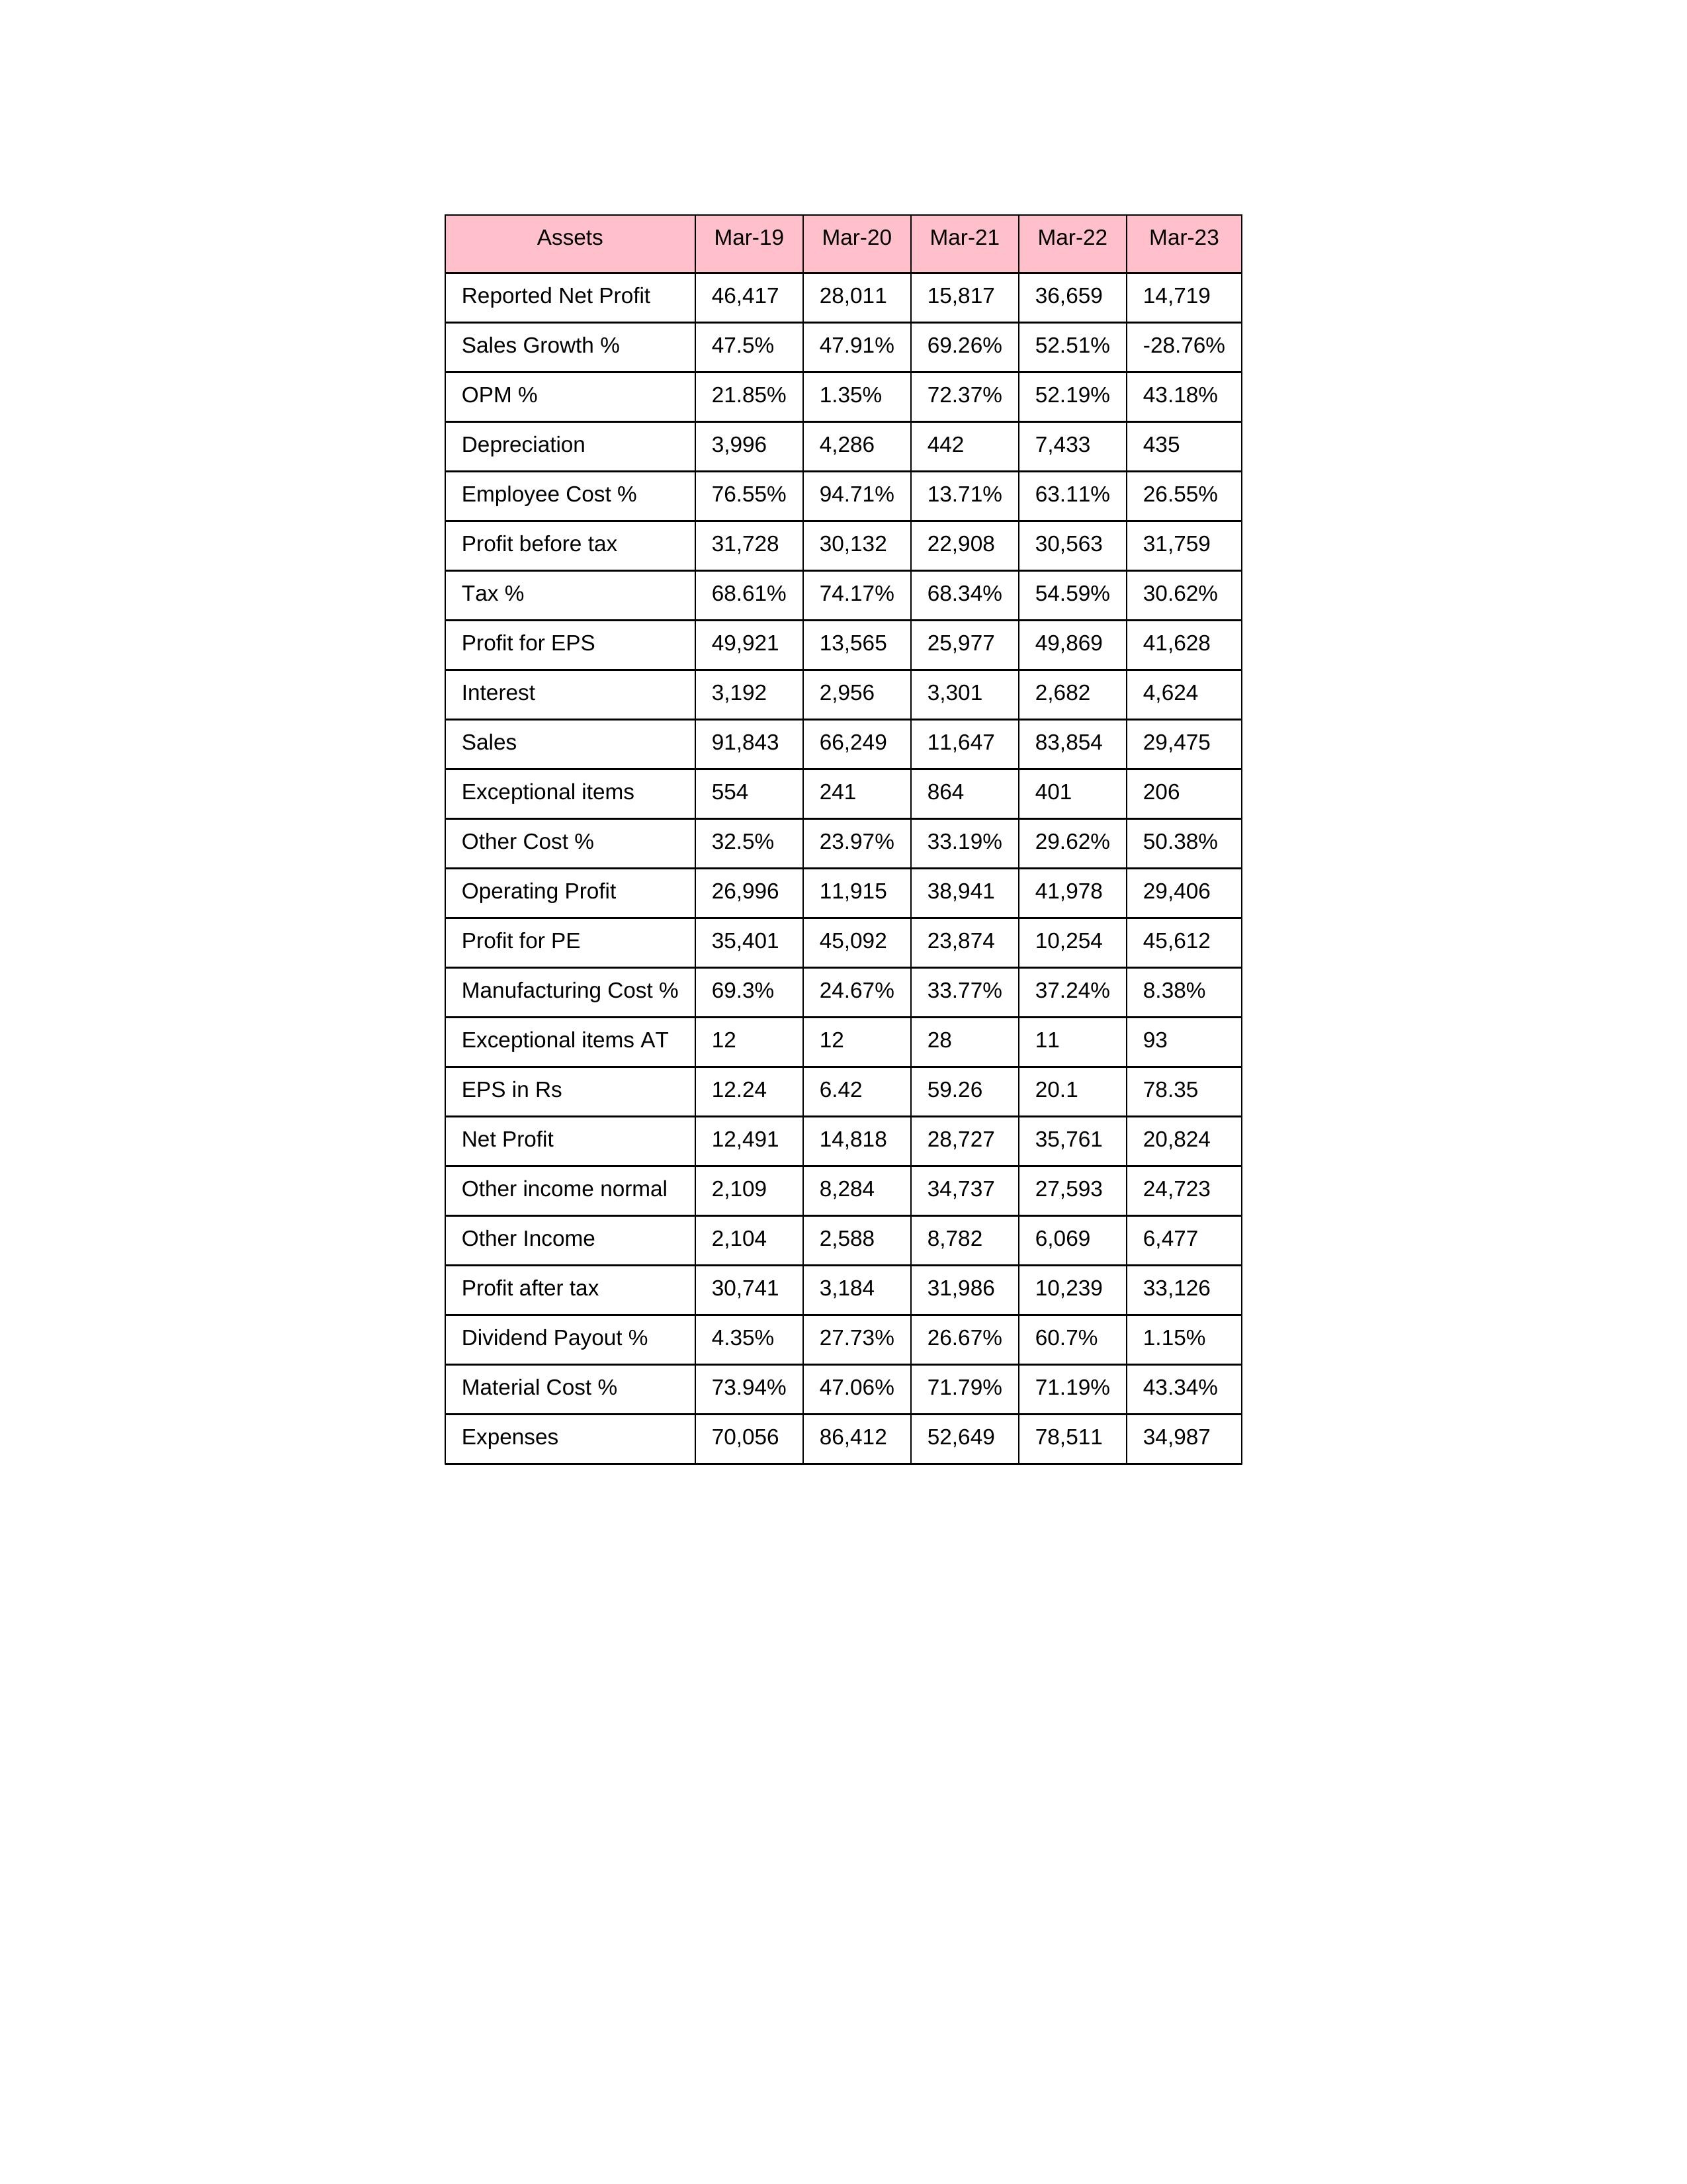
gt_parse: Mar-19: Sales: 91,843
Sales Growth %: 47.5%
Expenses: 70,056
Material Cost %: 73.94%
Manufacturing Cost %: 69.3%
Employee Cost %: 76.55%
Other Cost %: 32.5%
Operating Profit: 26,996
OPM %: 21.85%
Other Income: 2,104
Exceptional items: 554
Other income normal: 2,109
Interest: 3,192
Depreciation: 3,996
Profit before tax: 31,728
Tax %: 68.61%
Net Profit: 12,491
Profit after tax: 30,741
Reported Net Profit: 46,417
Profit for EPS: 49,921
Exceptional items AT: 12
Profit for PE: 35,401
EPS in Rs: 12.24
Dividend Payout %: 4.35%
Mar-20: Sales: 66,249
Sales Growth %: 47.91%
Expenses: 86,412
Material Cost %: 47.06%
Manufacturing Cost %: 24.67%
Employee Cost %: 94.71%
Other Cost %: 23.97%
Operating Profit: 11,915
OPM %: 1.35%
Other Income: 2,588
Exceptional items: 241
Other income normal: 8,284
Interest: 2,956
Depreciation: 4,286
Profit before tax: 30,132
Tax %: 74.17%
Net Profit: 14,818
Profit after tax: 3,184
Reported Net Profit: 28,011
Profit for EPS: 13,565
Exceptional items AT: 12
Profit for PE: 45,092
EPS in Rs: 6.42
Dividend Payout %: 27.73%
Mar-21: Sales: 11,647
Sales Growth %: 69.26%
Expenses: 52,649
Material Cost %: 71.79%
Manufacturing Cost %: 33.77%
Employee Cost %: 13.71%
Other Cost %: 33.19%
Operating Profit: 38,941
OPM %: 72.37%
Other Income: 8,782
Exceptional items: 864
Other income normal: 34,737
Interest: 3,301
Depreciation: 442
Profit before tax: 22,908
Tax %: 68.34%
Net Profit: 28,727
Profit after tax: 31,986
Reported Net Profit: 15,817
Profit for EPS: 25,977
Exceptional items AT: 28
Profit for PE: 23,874
EPS in Rs: 59.26
Dividend Payout %: 26.67%
Mar-22: Sales: 83,854
Sales Growth %: 52.51%
Expenses: 78,511
Material Cost %: 71.19%
Manufacturing Cost %: 37.24%
Employee Cost %: 63.11%
Other Cost %: 29.62%
Operating Profit: 41,978
OPM %: 52.19%
Other Income: 6,069
Exceptional items: 401
Other income normal: 27,593
Interest: 2,682
Depreciation: 7,433
Profit before tax: 30,563
Tax %: 54.59%
Net Profit: 35,761
Profit after tax: 10,239
Reported Net Profit: 36,659
Profit for EPS: 49,869
Exceptional items AT: 11
Profit for PE: 10,254
EPS in Rs: 20.1
Dividend Payout %: 60.7%
Mar-23: Sales: 29,475
Sales Growth %: -28.76%
Expenses: 34,987
Material Cost %: 43.34%
Manufacturing Cost %: 8.38%
Employee Cost %: 26.55%
Other Cost %: 50.38%
Operating Profit: 29,406
OPM %: 43.18%
Other Income: 6,477
Exceptional items: 206
Other income normal: 24,723
Interest: 4,624
Depreciation: 435
Profit before tax: 31,759
Tax %: 30.62%
Net Profit: 20,824
Profit after tax: 33,126
Reported Net Profit: 14,719
Profit for EPS: 41,628
Exceptional items AT: 93
Profit for PE: 45,612
EPS in Rs: 78.35
Dividend Payout %: 1.15%